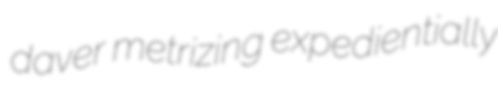
daver metrizing expedientially